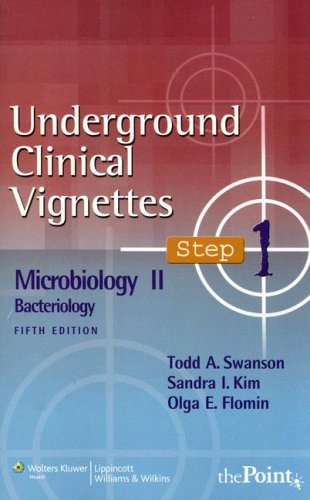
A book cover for Underground Clinical Vignettes Step 1: Microbiology II: Bacteriology (Underground Clinical Vignettes Series); Todd A. Swanson M.D.  Ph. D; Medical Books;